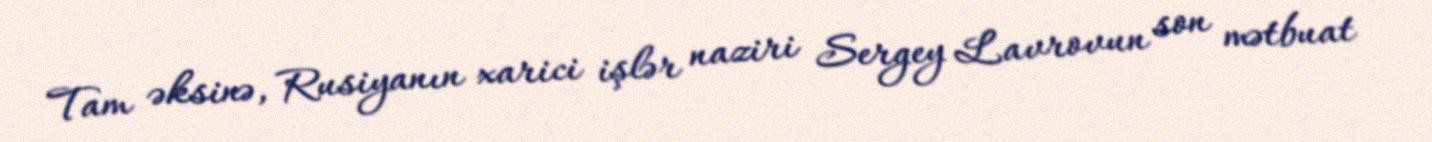
Tam əksinə, Rusiyanın xarici işlər naziri Sergey Lavrovun son mətbuat